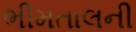
ભીમતાલની